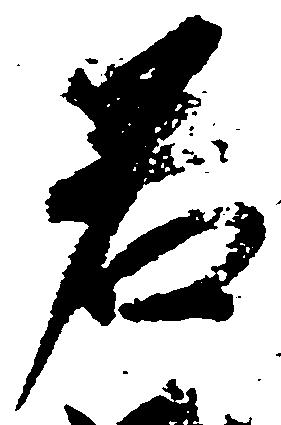
若